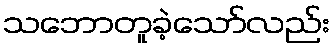
သဘောတူခဲ့သော်လည်း